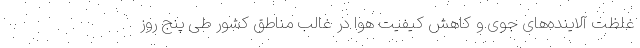
غلظت آلاینده‌های جوی و کاهش کیفیت هوا در غالب مناطق کشور طی پنج روز